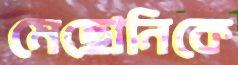
মেছোনিকে